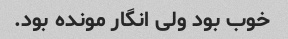
خوب بود ولی انگار مونده بود.